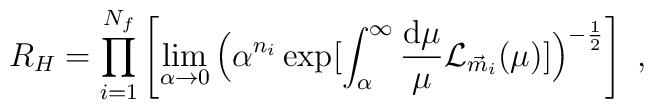
R_{H}=\prod_{i=1}^{N_{f}} \left[\lim_{\alpha \rightarrow 0}\Big(\alpha^{n_{i}}\exp[\int_\alpha^\infty \frac{{\rm d}\mu}{\mu}{\cal L}_{\vec{m}_{i}}(\mu)]\Big)^{-\frac{1}{2}} \right] \ ,